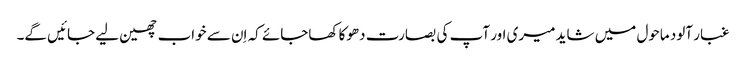
غبار آلود ماحول میں شاید میری اور آپ کی بصارت دھوکا کھاجائے کہ اِن سے خواب چھین لیے جائیں گے۔